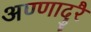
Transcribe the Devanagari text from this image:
अण्णादुरै